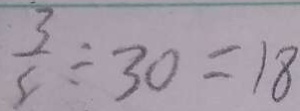
\frac { 3 } { 5 } \div 3 0 = 1 8